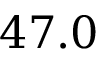
4 7 . 0